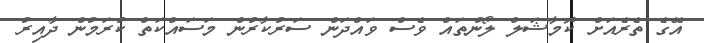
އޭގެ ތެރެއަށް ކޮމާޝަލް ލޯނުތައް ވެސް ވައްދަން ސަރުކާރުން މަސައްކަތް ކުރަމުން ދާއިރު